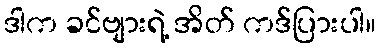
ဒါက ခင်ဗျားရဲ့ အိတ် ကဒ်ပြားပါ။